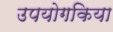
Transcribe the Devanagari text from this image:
उपयोगकिया